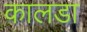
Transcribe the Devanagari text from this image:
कालडा